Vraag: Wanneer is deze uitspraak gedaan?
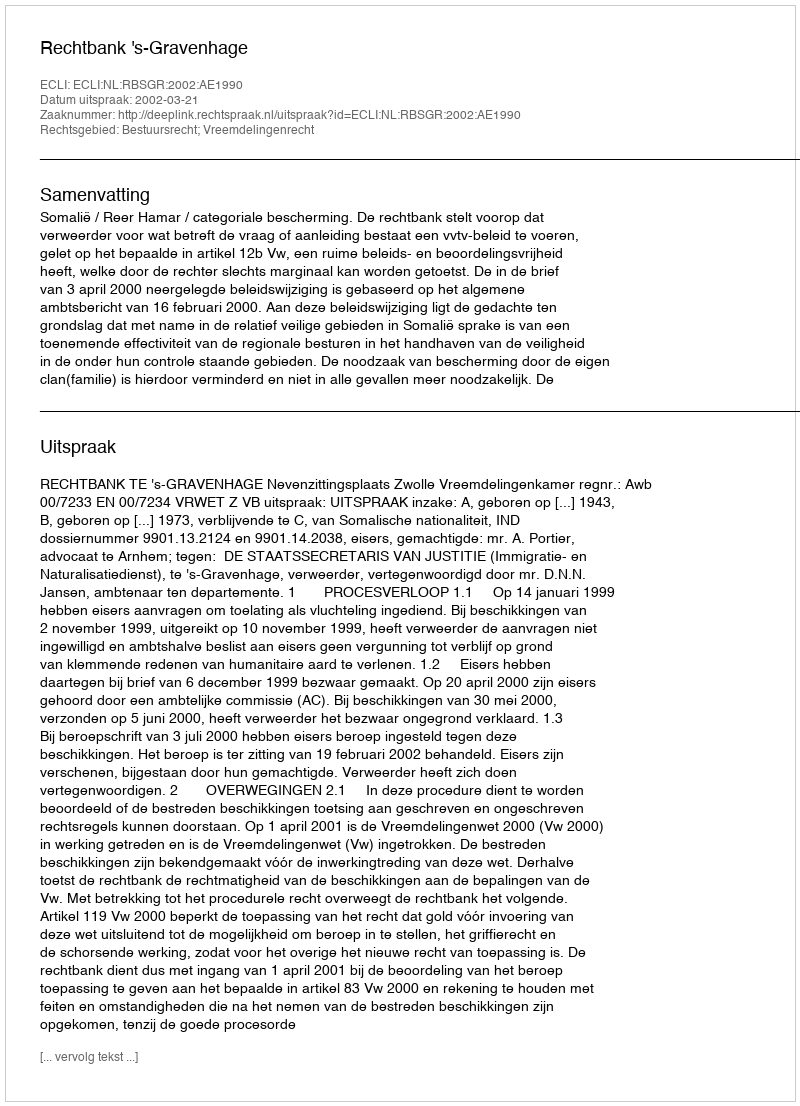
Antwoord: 2002-03-21